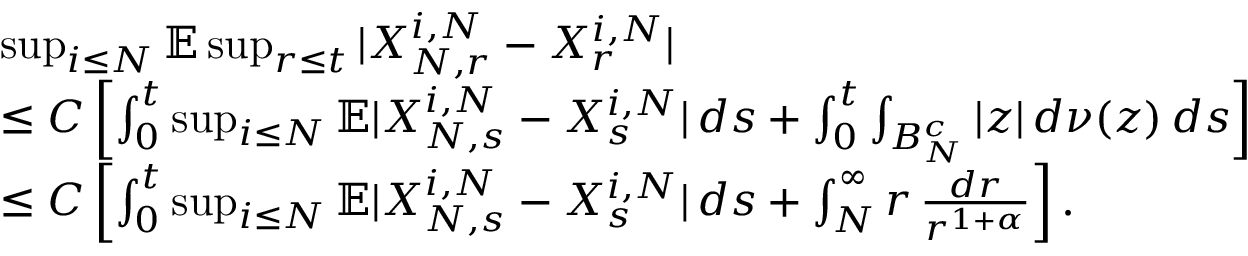
\begin{array} { r l } & { \operatorname* { s u p } _ { i \leq N } \mathbb { E } \operatorname* { s u p } _ { r \leq t } | X _ { N , r } ^ { i , N } - X _ { r } ^ { i , N } | } \\ & { \leq C \left[ \int _ { 0 } ^ { t } \operatorname* { s u p } _ { i \leq N } \mathbb { E } | X _ { N , s } ^ { i , N } - X _ { s } ^ { i , N } | \, d s + \int _ { 0 } ^ { t } \int _ { B _ { N } ^ { c } } | z | \, d \nu ( z ) \, d s \right] } \\ & { \leq C \left[ \int _ { 0 } ^ { t } \operatorname* { s u p } _ { i \leq N } \mathbb { E } | X _ { N , s } ^ { i , N } - X _ { s } ^ { i , N } | \, d s + \int _ { N } ^ { \infty } r \, \frac { d r } { r ^ { 1 + \alpha } } \right] . } \end{array}